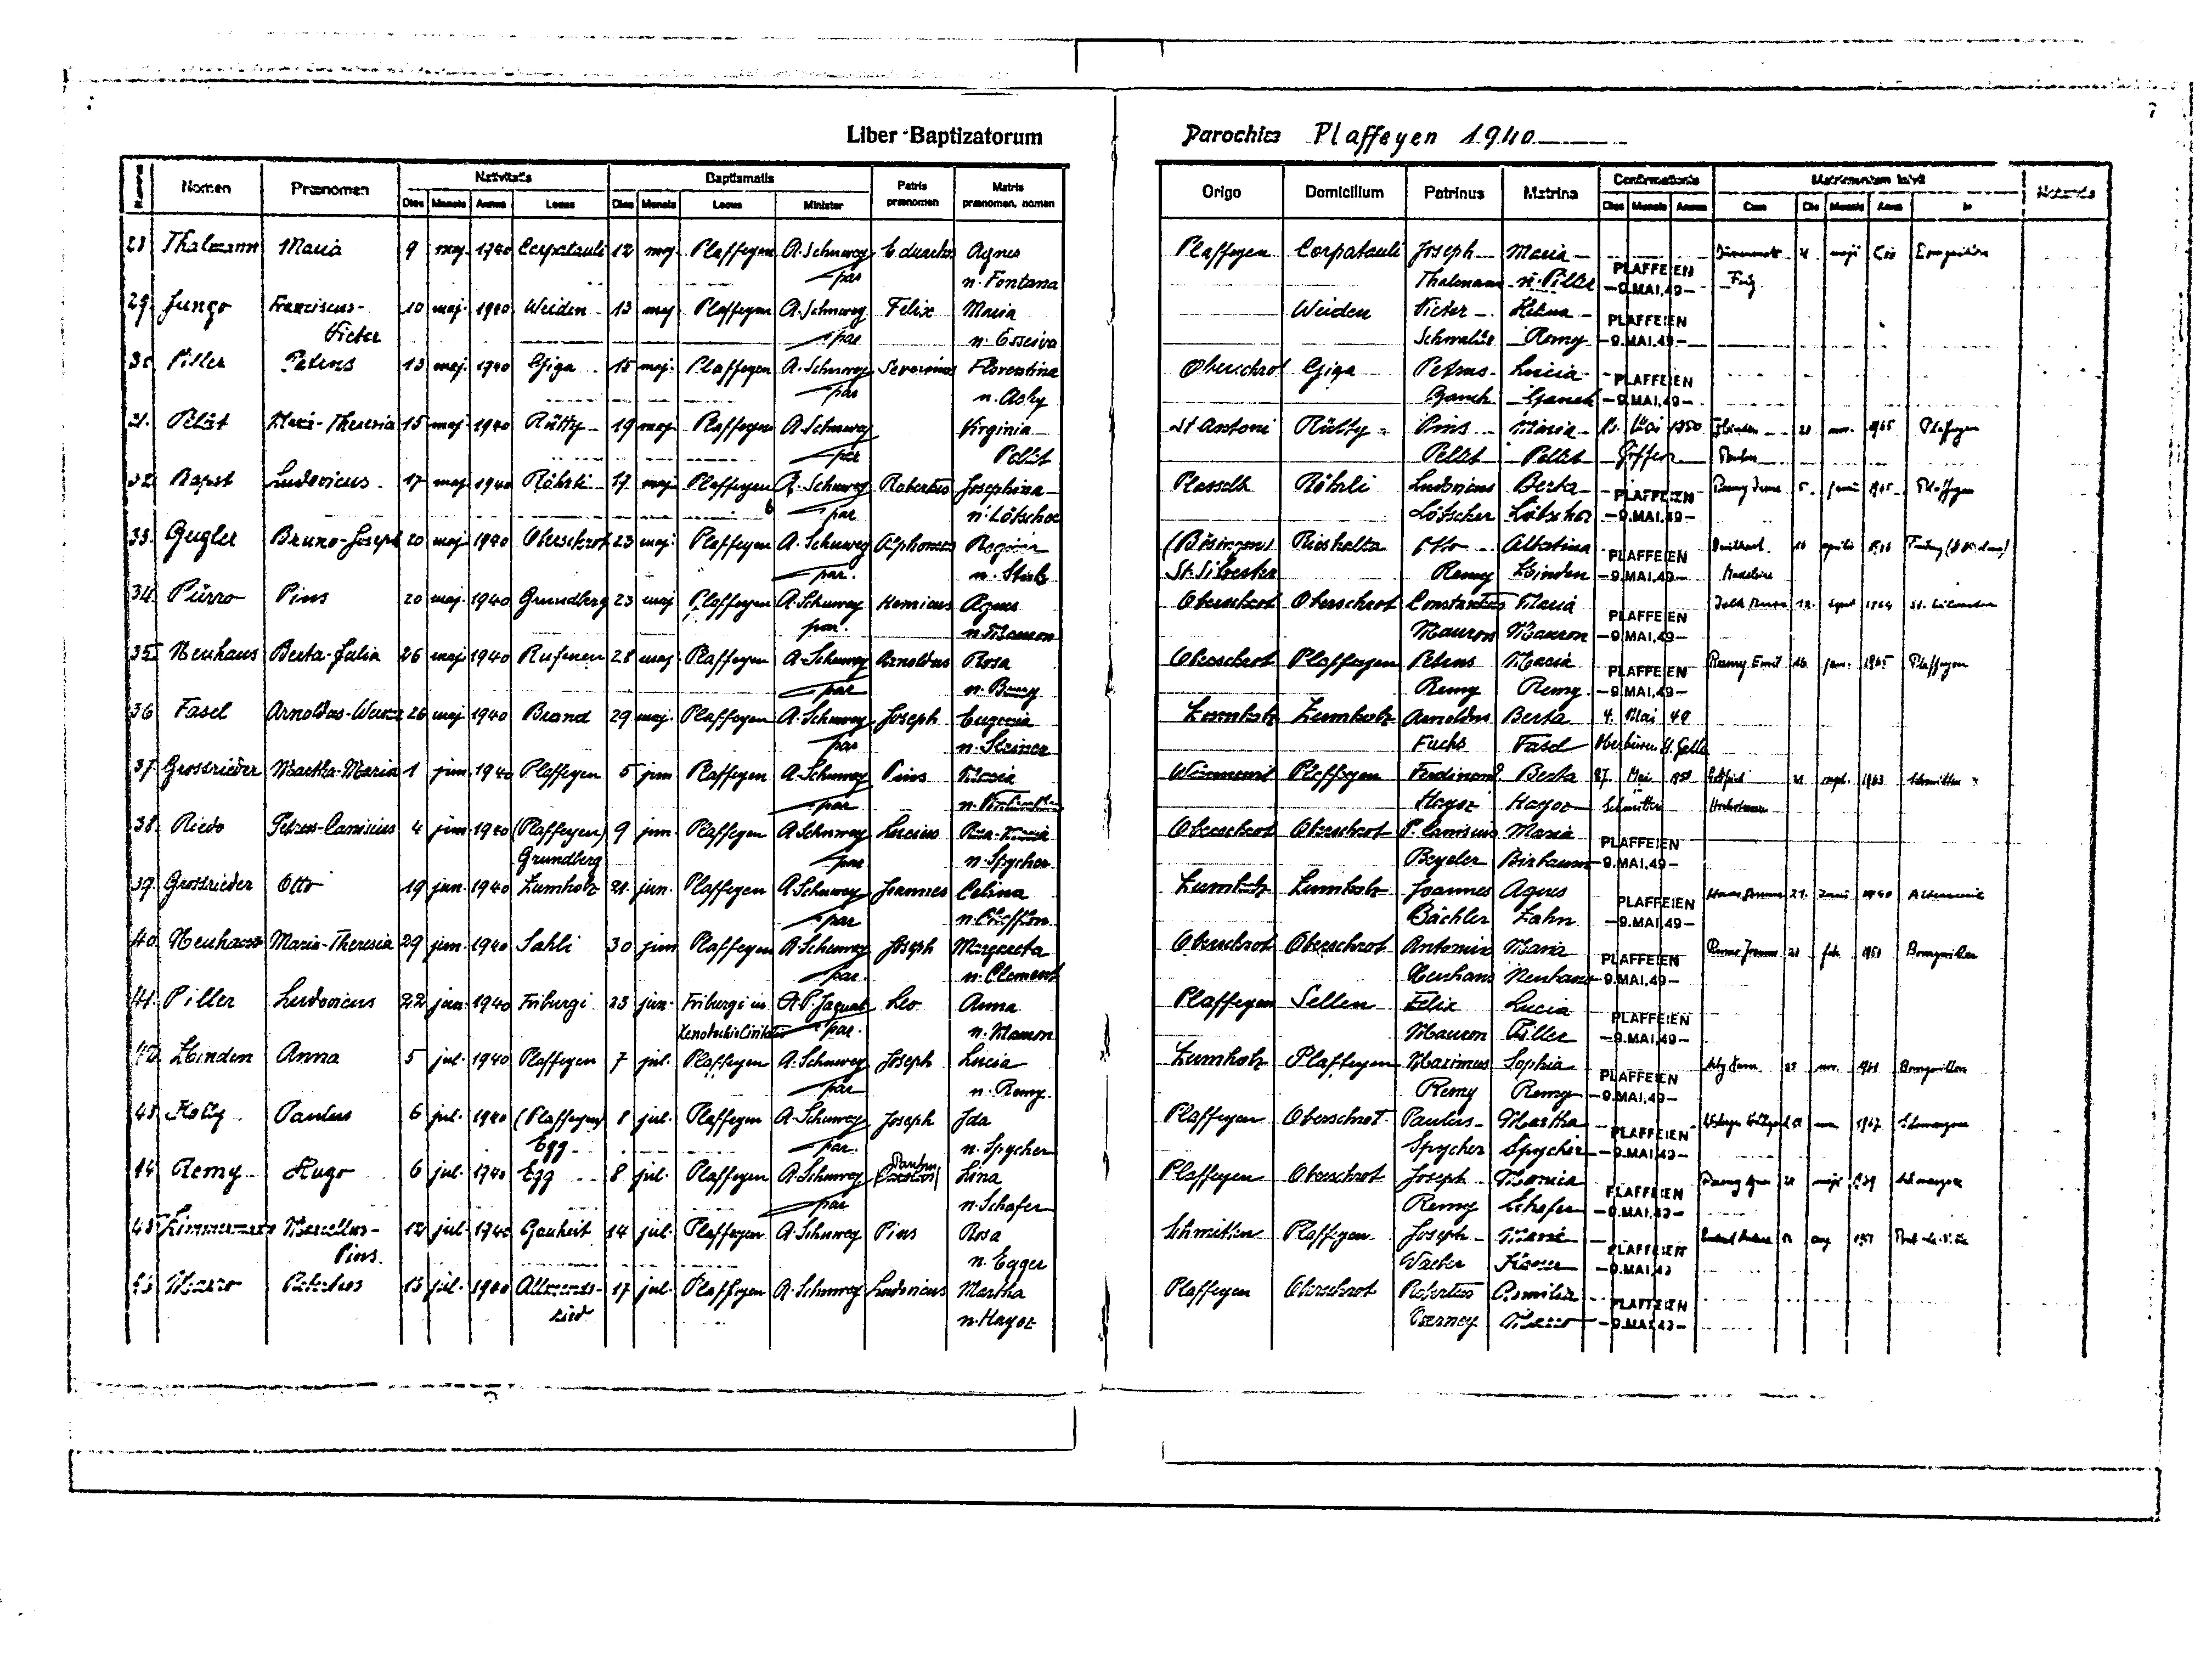
Liber Baptizatorum
Parochiae Plaffeyen 1940
Nativitatis
Baptismatis
Matrimonium inivit
Confirmationis
Patris
Matris
Nomen
Praenomen
Notanda
Domicilium
Origo
Patrinus Matrina Dies Mensis Annus
praenomen praenomen, nomen
Dies Mensis Annus
Dies Mensis Locus
Locus
Cum Die Mensis Anno
28 Thalmann Maria
9 maj. 1940 Corpatauli 12 maj. Plaffeyen A. Schuwey Edeuadus Agnes
Plaffeyen Corpatauli Joseph Maria
Dürrenmatt 21 maji 1966 Bourguillon
PLAFFEIEN
par
Fritz
n. Fontana
Thalmann n. Piller -9.MAI.49-
29 Jungo Franiscus- 10 maj. 1940 Weiden 13 maj. Plaffeyen A. Schuwey Felix Maria
Weiden Victor Helena PLAFFEIEN
Victor
par n. Esseiva
Schwaller Remy -9.MAI.49-
30 Piller Petrus 13 maj. 1940 Giga 15 maj. Plaffeyen A. Schuwey Severinus Florentina
Oberschrot Giga Petrus Lucia PLAFFEIEN
par
n. Aeby
Gauch Gauch -9.MAI.49-
31 Pelet Marie-Theresia 15 maj. 1940 Rütty 19 maj Plaffeyen A. Schuwey
St Antoni Rütty Pius Maria 16 Mai 1950 Zbinden 21 nov 1965 Plaffeyen
Virginia
par
Pellet Pellet Giffers Paulus
Pellet
32 Bapst Ludovicus 17 maj 1940 Röhrli 17 maj Plaffeyen A. Schuwey Robertus Josephina
Plasselb Röhrli Ludovicus Berta PLAFFEIEN Remy ---- 5 juni 1965 Plaffeyen
par
Lötscher Lötscher -9.MAI.49-
n. Lötscher
33 Gügler Bruno-Joseph. 20 maj 1940 Oberschrot 23 maj. Plaffeyen A. Schuwey Alphonsus Regina
(Bösingen) Rieshalta Otto Albertina PLAFFEIEN Brülhard 16 aprilis 1966 Freiburg (St. Niklaus)
St. Silvester
Remy Zbinden -9.MAI.49- Madeleine
par.
n. Stolz
34 Pürro Pius 20 maj. 1940 Grundberg 23 maj Plaffeyen A. Schuwey Hermicus Agnes
Jelk Rosa 12. Sept 1964 St. Silvester
Oberschrot Oberschrot Contantius Maria
PLAFFEIEN
par.
Mauron Mauron -9.MAI.49-
n. Mauron
35 Neuhaus Berta-Julia 26 maj. 1940 Rufenen 28 maj. Plaffeyen A. Schuwey Arnoldus Rosa
Remy Emil 16 Juni 1965 Plaffeyen
Oberschrot Plaffeyen Petrus Maria PLAFFEIEN
Remy Remy -9.MAI.49-
par
n. Remy
36 Fasel Arnoldus-Werner 26 maj 1940 Brand 29 maj. Plaffeyen A. Schuwey Joseph Eugenia
Zumholz Zumholz Arnoldus Bertha 4. Mai 49
Fuchs Fasel Herbüren St. Gallen
n. Steiner
37 Grossrieder Martha-Maria 1 juni 1940 Plaffeyen 5 jun Plaffeyen A. Schuwey Pius Maria
Wünnewil Plaffeyen Ferdinand Berta 27 Mai 1950 Gottfried 21 sept. 1963 Schmitten
par.
Hayoz Hayoz Schmitten Hochstrasser
n. Vonlanthen
38 Riedo
Petrus-Canisius 4 juni 1940 (Plaffeyen) 9 jun Plaffeyen A. Schuwey Lucius Rosa-Maria
Oberschrot Oberschrot P. Canisius Maria PLAFFEIEN
Grundberg
Beyeler Birbaum -9.MAI.49-
n. Spycher
39. Grossrieder Otto 19 jun. 1940 Zumholz 21. jun. Plaffeyen A. Schuwey Joannes Celina
Zumholz Zumholz Joannes Agnes
Hans Brunner 21. juni 1960 Alterswil
PLAFFEIEN
Bächler Zahn -9.MAl.49-
n. Chofflon
par
40 Neuhaus Maria-Theresia 29 jun. 1940 Sahli 30 jun Plaffeyen A. Schuwey Joseph Margareta
Oberschrot Oberschrot Antonius Maria PLAFFEIEN
Rumo Joannes 21 febr. 1950 Bourguillon
n. Clement
par.
Neuhaus Neuhaus -9.MAI.49-
41 Piller Ludovicus 22 jun. 1940 Friburgi 23 jun. Friburgi in A. B. Jaquat Leo Anna
Plaffeyen Sellen Felix Lucia PLAFFEIEN
XenodochioCivitatis
n. Mauron
Mauron Piller -9.MAI.49-
42 Zbinden Anna 5 jul. 1940 Plaffeyen 7 jul. Plaffeyen A. Schuwey Joseph Lucia
Zumholz Plaffeyen Maximus Sophia PLAFFEIEN
Aeby Xaver 23 nov. 1961 Bourguillon
par
n. Remy
Remy Remy -9.MAI.49-
43 Kolly Paulus 6 jul. 1940 Plaffeyen 8 jul. Plaffeyen A. Schuwey Joseph Ida
Plaffeyen Oberschrot Paulus Martha PLAFFEIEN ------ Hildegard 20 nov Schwarzsee
par
Egg
n. Spycher
Spycher Spycher-9.MAI.40-
44 Remy Hugo 6 jul. 1940 Egg 8 jul. Plaffeyen A. Schuwey |Carolus| Lina
Paulus
Plaffeyen Oberschrot Joseph Monica
Raemy Agnes 20 maji 1969 Schwarzsee
PLAFFEIEN
par
n. Schafer
Remy Schafer -9.MAI.49-
45 Zimmermann Marcellus- 12 jul. 1940 Gauheit 14 jul. Plaffeyen A. Schuwey Pius Rosa
Schmitten Plaffeyen Joseph Maria
B----- Andrea 14 aug 1968 Pont-la-Ville
PLAFFEIEN
Pius
n. Egger
Waeber Kaeser -9.MAI.49
46 Marro Robertus 16 jul. 1940 Allmends- 17 jul. Plaffeyen A. Schuwey Ludovicus Martha
Plaffeyen Oberschrot Robertus Aemilia PLAFFEIEN
Rred
n. Hayoz
Overney Marro -9.MAI.49-